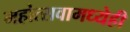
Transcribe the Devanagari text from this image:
महोत्सवामध्येही